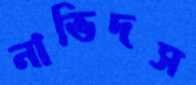
নাভিদস